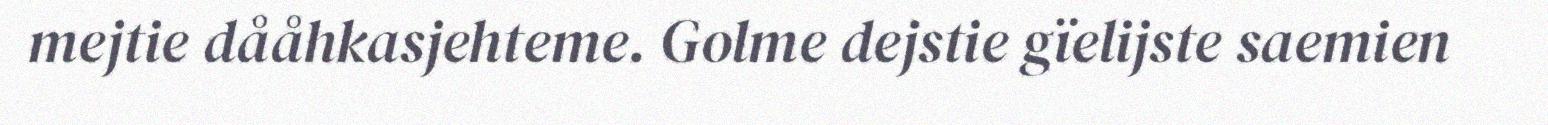
mejtie dååhkasjehteme. Golme dejstie gïelijste saemien